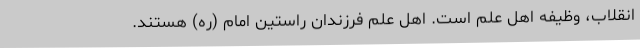
انقلاب، وظیفه اهل علم است. اهل علم فرزندان راستین امام (ره) هستند.